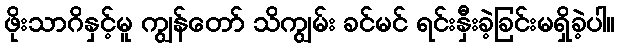
ဖိုးသာဂိနှင့်မူ ကျွန်တော် သိကျွမ်း ခင်မင် ရင်းနှီးခဲ့ခြင်းမရှိခဲ့ပါ။